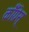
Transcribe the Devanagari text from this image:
कॉँँग्रेस्